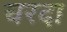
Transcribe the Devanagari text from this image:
चरदा